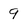
Character: 9